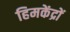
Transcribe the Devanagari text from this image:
हिमकेंद्रों